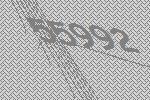
55992